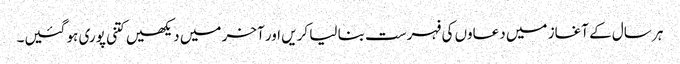
ہر سال کے آغاز میں دعاوں کی فہرست بنا لیا کریں اور آخر میں دیکھیں کتنی پوری ہو گئیں۔